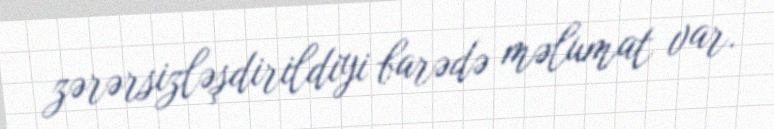
zərərsizləşdirildiyi barədə məlumat var.